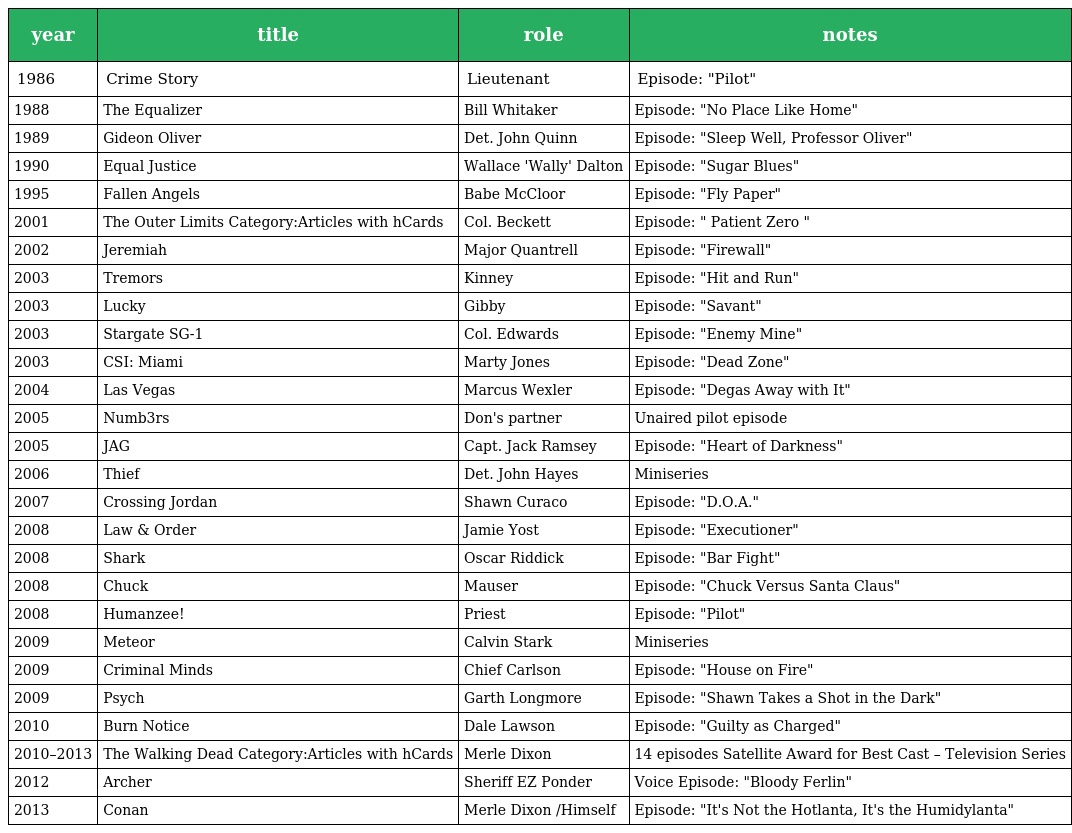
| year | title | role | notes |
 | --- | --- | --- | --- |
 | 1986 | Crime Story | Lieutenant | Episode: "Pilot" |
 | 1988 | The Equalizer | Bill Whitaker | Episode: "No Place Like Home" |
 | 1989 | Gideon Oliver | Det. John Quinn | Episode: "Sleep Well, Professor Oliver" |
 | 1990 | Equal Justice | Wallace 'Wally' Dalton | Episode: "Sugar Blues" |
 | 1995 | Fallen Angels | Babe McCloor | Episode: "Fly Paper" |
 | 2001 | The Outer Limits Category:Articles with hCards | Col. Beckett | Episode: " Patient Zero " |
 | 2002 | Jeremiah | Major Quantrell | Episode: "Firewall" |
 | 2003 | Tremors | Kinney | Episode: "Hit and Run" |
 | 2003 | Lucky | Gibby | Episode: "Savant" |
 | 2003 | Stargate SG-1 | Col. Edwards | Episode: "Enemy Mine" |
 | 2003 | CSI: Miami | Marty Jones | Episode: "Dead Zone" |
 | 2004 | Las Vegas | Marcus Wexler | Episode: "Degas Away with It" |
 | 2005 | Numb3rs | Don's partner | Unaired pilot episode |
 | 2005 | JAG | Capt. Jack Ramsey | Episode: "Heart of Darkness" |
 | 2006 | Thief | Det. John Hayes | Miniseries |
 | 2007 | Crossing Jordan | Shawn Curaco | Episode: "D.O.A." |
 | 2008 | Law & Order | Jamie Yost | Episode: "Executioner" |
 | 2008 | Shark | Oscar Riddick | Episode: "Bar Fight" |
 | 2008 | Chuck | Mauser | Episode: "Chuck Versus Santa Claus" |
 | 2008 | Humanzee! | Priest | Episode: "Pilot" |
 | 2009 | Meteor | Calvin Stark | Miniseries |
 | 2009 | Criminal Minds | Chief Carlson | Episode: "House on Fire" |
 | 2009 | Psych | Garth Longmore | Episode: "Shawn Takes a Shot in the Dark" |
 | 2010 | Burn Notice | Dale Lawson | Episode: "Guilty as Charged" |
 | 2010–2013 | The Walking Dead Category:Articles with hCards | Merle Dixon | 14 episodes Satellite Award for Best Cast – Television Series |
 | 2012 | Archer | Sheriff EZ Ponder | Voice Episode: "Bloody Ferlin" |
 | 2013 | Conan | Merle Dixon /Himself | Episode: "It's Not the Hotlanta, It's the Humidylanta" |